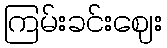
ကြမ်းခင်းဈေး